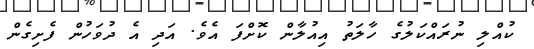
ކުއްލި ނުރައްކަލުގެ ހާލަތު އިއުލާން ކޮށްފަ އެވެ. އަދި އެ ދުވަހުން ފެށިގެން